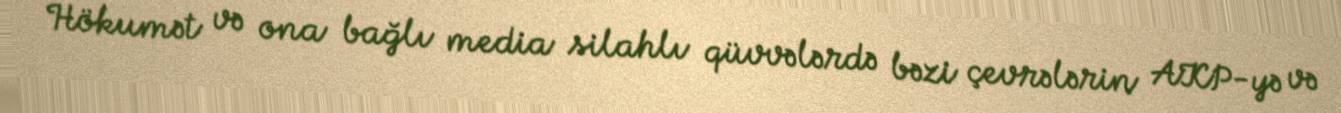
Hökumət və ona bağlı media silahlı qüvvələrdə bəzi çevrələrin AKP-yə və